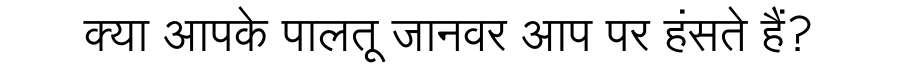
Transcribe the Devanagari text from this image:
क्या आपके पालतू जानवर आप पर हंसते हैं?